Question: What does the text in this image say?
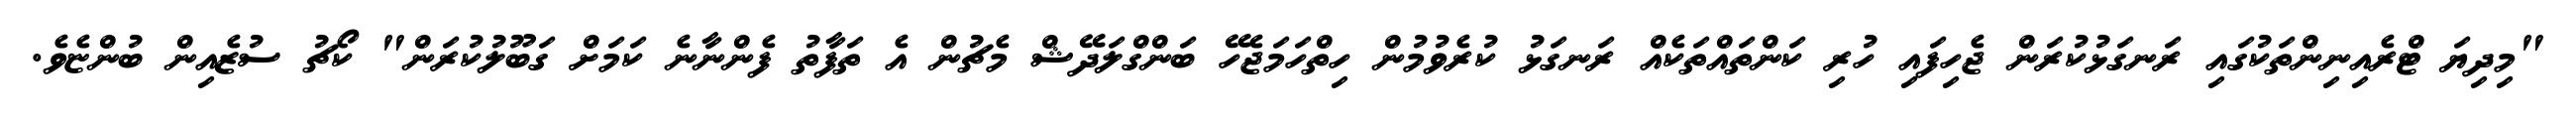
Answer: "މިދިޔަ ޓްރެއިނިންތަކުގައި ރަނގަޅުކުރަން ޖެހިފައި ހުރި ކަންތައްތަކެއް ރަނގަޅު ކުރެވުމުން ހިތްހަމަޖެހޭ ބަންގްލަދޭޝް މެޗުން އެ ތަފާތު ފެންނާނެ ކަމަށް ގަބޫލުކުރަން" ކޯޗު ސުޒެއިން ބުންޏެވެ.